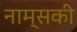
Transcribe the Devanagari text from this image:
नाम्सकी